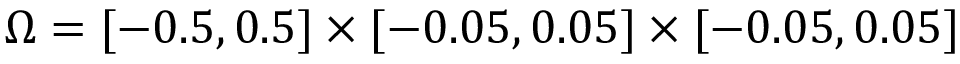
\Omega = [ - 0 . 5 , 0 . 5 ] \times [ - 0 . 0 5 , 0 . 0 5 ] \times [ - 0 . 0 5 , 0 . 0 5 ]